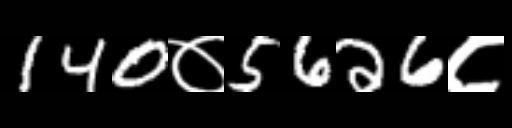
Text: 140०5626८